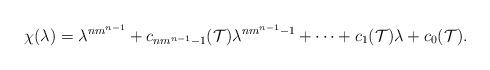
LaTeX: \begin{align*}\chi(\lambda)=\lambda^{nm^{n-1}}+c_{nm^{n-1}-1}(\mathcal T)\lambda^{nm^{n-1}-1}+\dots+c_1(\mathcal T)\lambda+c_0(\mathcal T).\end{align*}